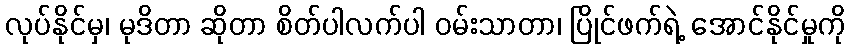
လုပ်နိုင်မှ၊ မုဒိတာ ဆိုတာ စိတ်ပါလက်ပါ ဝမ်းသာတာ၊ ပြိုင်ဖက်ရဲ့ အောင်နိုင်မှုကို